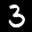
Label: 3